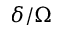
\delta / \Omega